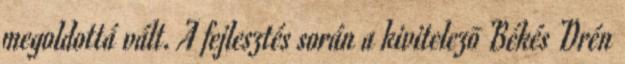
megoldottá vált. A fejlesztés során a kivitelezõ Békés Drén